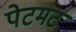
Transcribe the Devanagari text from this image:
पेटमट